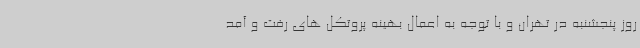
روز پنجشنبه در تهران و با توجه به اعمال بهینه پروتکل های رفت و آمد